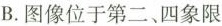
B.图像位于第二、四象限